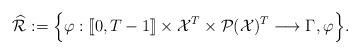
LaTeX: \begin{align*}\widehat{\mathcal{R}}:= \Big\{ \varphi: [\![0,T-1]\!]\times \mathcal{X}^T\times \mathcal{P}(\mathcal{X})^{T}\longrightarrow \Gamma,\varphi \Big\}.\end{align*}